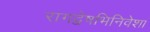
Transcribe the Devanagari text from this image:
रागद्वेषभिनिवेशा